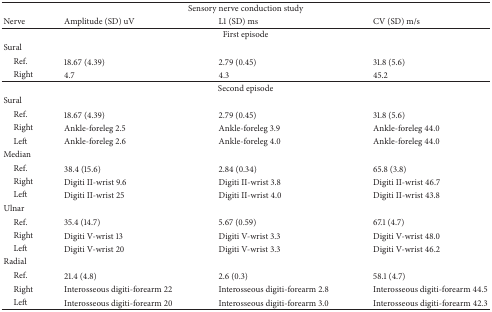
<table><thead><tr><td colspan="4"><b>Sensory nerve conduction study</b></td></tr><tr><td><b>Nerve</b></td><td><b>Amplitude (SD) uV</b></td><td><b>L1 (SD) ms</b></td><td><b>CV (SD) m/s</b></td></tr></thead><tbody><tr><td colspan="4">First episode</td></tr><tr><td>Sural</td><td> </td><td> </td><td> </td></tr><tr><td> Ref.</td><td>18.67 (4.39)</td><td>2.79 (0.45)</td><td>31.8 (5.6)</td></tr><tr><td> Right</td><td>4.7</td><td>4.3</td><td>45.2</td></tr><tr><td colspan="4">Second episode</td></tr><tr><td>Sural</td><td> </td><td> </td><td> </td></tr><tr><td> Ref.</td><td>18.67 (4.39)</td><td>2.79 (0.45)</td><td>31.8 (5.6)</td></tr><tr><td> Right</td><td>Ankle-foreleg 2.5</td><td>Ankle-foreleg 3.9</td><td>Ankle-foreleg 44.0</td></tr><tr><td> Left</td><td>Ankle-foreleg 2.6</td><td>Ankle-foreleg 4.0</td><td>Ankle-foreleg 44.0</td></tr><tr><td>Median</td><td> </td><td> </td><td> </td></tr><tr><td> Ref.</td><td>38.4 (15.6)</td><td>2.84 (0.34)</td><td>65.8 (3.8)</td></tr><tr><td> Right</td><td>Digiti II-wrist 9.6</td><td>Digiti II-wrist 3.8</td><td>Digiti II-wrist 46.7</td></tr><tr><td> Left</td><td>Digiti II-wrist 25</td><td>Digiti II-wrist 4.0</td><td>Digiti II-wrist 43.8</td></tr><tr><td>Ulnar</td><td> </td><td> </td><td> </td></tr><tr><td> Ref.</td><td>35.4 (14.7)</td><td>5.67 (0.59)</td><td>67.1 (4.7)</td></tr><tr><td> Right</td><td>Digiti V-wrist 13</td><td>Digiti V-wrist 3.3</td><td>Digiti V-wrist 48.0</td></tr><tr><td> Left</td><td>Digiti V-wrist 20</td><td>Digiti V-wrist 3.3</td><td>Digiti V-wrist 46.2</td></tr><tr><td>Radial</td><td> </td><td> </td><td> </td></tr><tr><td> Ref.</td><td>21.4 (4.8)</td><td>2.6 (0.3)</td><td>58.1 (4.7)</td></tr><tr><td> Right</td><td>Interosseous digiti-forearm 22</td><td>Interosseous digiti-forearm 2.8</td><td>Interosseous digiti-forearm 44.5</td></tr><tr><td> Left</td><td>Interosseous digiti-forearm 20</td><td>Interosseous digiti-forearm 3.0</td><td>Interosseous digiti-forearm 42.3</td></tr></tbody></table>